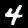
Label: 4